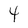
Character: 4